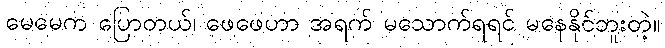
မေမေက ပြောတယ်၊ ဖေဖေဟာ အရက် မသောက်ရရင် မနေနိုင်ဘူးတဲ့။